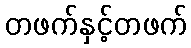
တဖက်နှင့်တဖက်